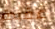
عقيدة